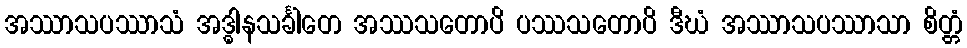
အဿာသပဿာသံ အဒ္ဓါနသင်္ခါတေ အဿသတောပိ ပဿသတောပိ ဒီဃံ အဿာသပဿာသာ စိတ္တံ